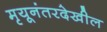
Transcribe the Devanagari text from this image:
मृयूनंतरदेखील